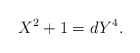
\begin{align*}X^{2} + 1 = dY^{4}. \end{align*}